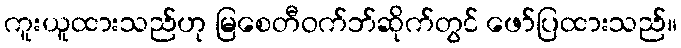
ကူးယူထားသည်ဟု မြစေတီဝက်ဘ်ဆိုက်တွင် ဖော်ပြထားသည်။